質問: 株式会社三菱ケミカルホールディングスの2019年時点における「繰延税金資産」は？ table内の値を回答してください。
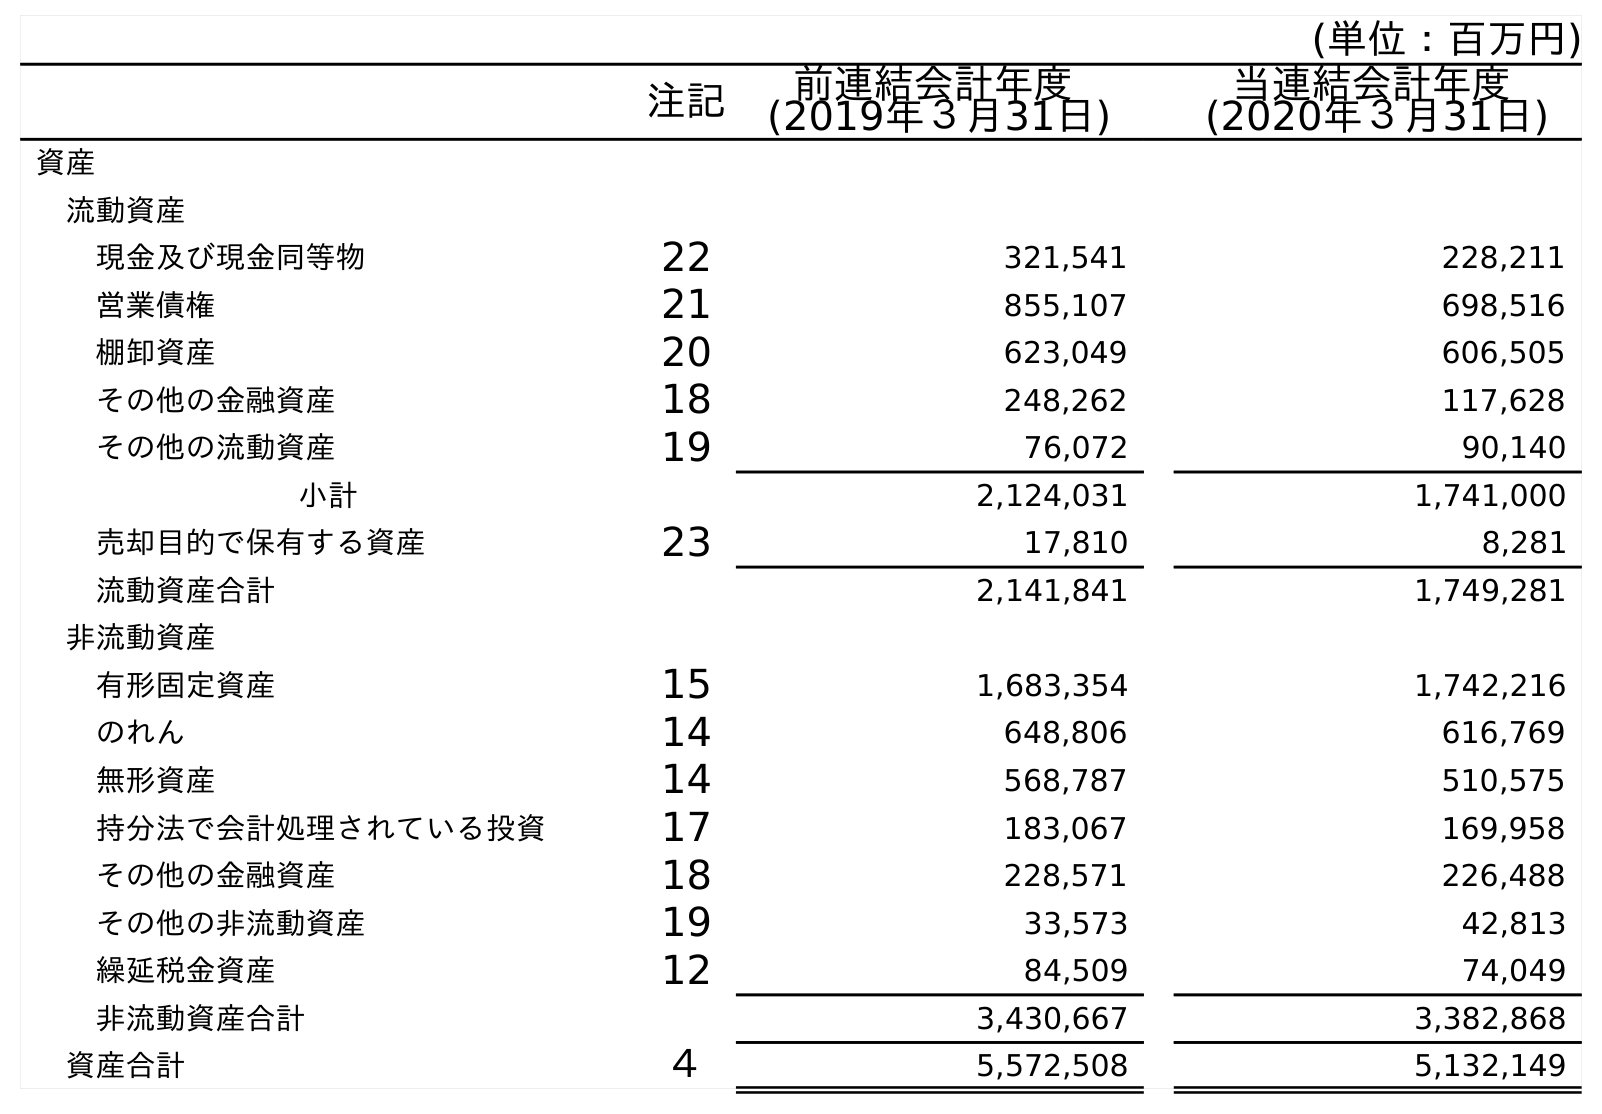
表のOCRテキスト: (単位：百万円) 注記 前連結会計年度 (2019年３月31日) 当連結会計年度 (2020年３月31日) 資産 流動資産 現金及び現金同等物 22 321,541 228,211 営業債権 21 855,107 698,516 棚卸資産 20 623,049 606,505 その他の金融資産 18 248,262 117,628 その他の流動資産 19 76,072 90,140 小計 2,124,031 1,741,000 売却目的で保有する資産 23 17,810 8,281 流動資産合計 2,141,841 1,749,281 非流動資産 有形固定資産 15 1,683,354 1,742,216 のれん 14 648,806 616,769 無形資産 14 568,787 510,575 持分法で会計処理されている投資 17 183,067 169,958 その他の金融資産 18 228,571 226,488 その他の非流動資産 19 33,573 42,813 繰延税金資産 12 84,509 74,049 非流動資産合計 3,430,667 3,382,868 資産合計 ４ 5,572,508 5,132,149
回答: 84,509